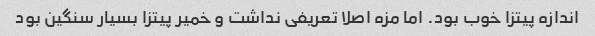
اندازه پیتزا خوب بود. اما مزه اصلا تعریفی نداشت و خمیر پیتزا بسیار سنگین بود